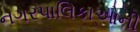
નગરપાલિકાઓની